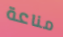
مناعة